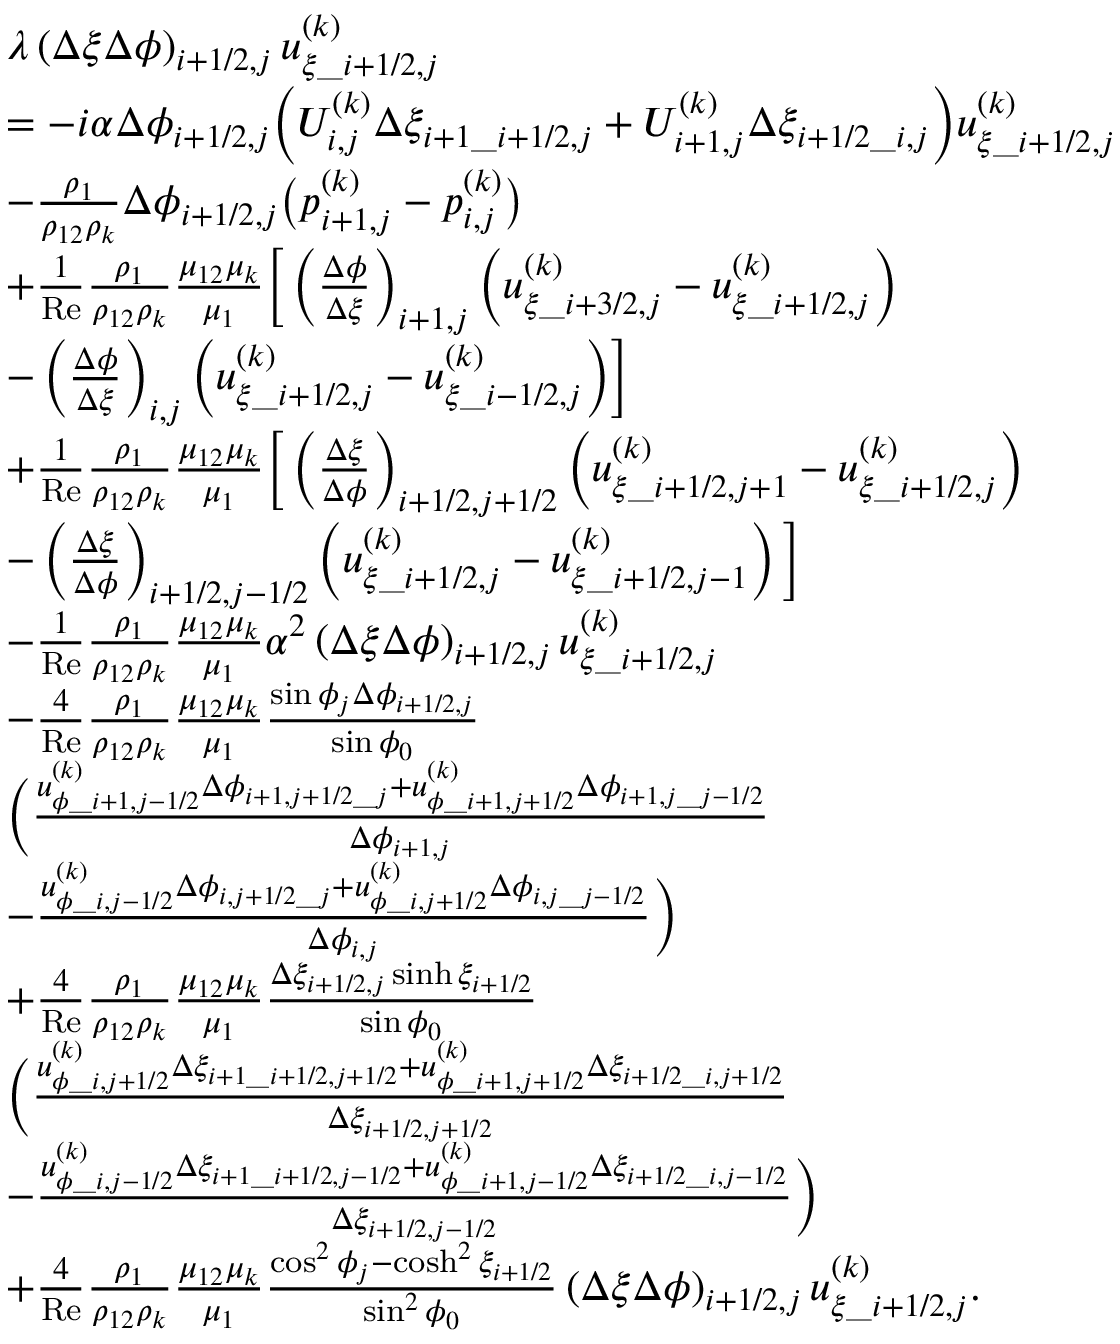
\begin{array} { r l } & { \begin{array} { r l } & { \lambda \left( \Delta \xi \Delta \phi \right) _ { i + 1 / 2 , j } u _ { \xi \_ { i + 1 / 2 , j } } ^ { ( k ) } } \\ & { = - i \alpha \Delta \phi _ { i + 1 / 2 , j } \bigg ( U _ { i , j } ^ { ( k ) } \Delta \xi _ { i + 1 \_ i + 1 / 2 , j } + U _ { i + 1 , j } ^ { ( k ) } \Delta \xi _ { i + 1 / 2 \_ i , j } \bigg ) u _ { \xi \_ i + 1 / 2 , j } ^ { ( k ) } } \\ & { - \frac { \rho _ { 1 } } { \rho _ { 1 2 } \rho _ { k } } \Delta \phi _ { i + 1 / 2 , j } \big ( p _ { i + 1 , j } ^ { ( k ) } - p _ { i , j } ^ { ( k ) } \big ) } \\ & { + \frac { 1 } { \mathrm { R e } } \frac { \rho _ { 1 } } { \rho _ { 1 2 } \rho _ { k } } \frac { \mu _ { 1 2 } \mu _ { k } } { \mu _ { 1 } } \bigg [ \left( \frac { \Delta \phi } { \Delta \xi } \right) _ { i + 1 , j } \bigg ( u _ { \xi \_ { i + 3 / 2 , j } } ^ { ( k ) } - u _ { \xi \_ { i + 1 / 2 , j } } ^ { ( k ) } \bigg ) } \\ & { - \left( \frac { \Delta \phi } { \Delta \xi } \right) _ { i , j } \bigg ( u _ { \xi \_ { i + 1 / 2 , j } } ^ { ( k ) } - u _ { \xi \_ { i - 1 / 2 , j } } ^ { ( k ) } \bigg ) \bigg ] } \\ & { + \frac { 1 } { \mathrm { R e } } \frac { \rho _ { 1 } } { \rho _ { 1 2 } \rho _ { k } } \frac { \mu _ { 1 2 } \mu _ { k } } { \mu _ { 1 } } \bigg [ \left( \frac { \Delta \xi } { \Delta \phi } \right) _ { i + 1 / 2 , j + 1 / 2 } \left( u _ { \xi \_ { i + 1 / 2 , j + 1 } } ^ { ( k ) } - u _ { \xi \_ { i + 1 / 2 , j } } ^ { ( k ) } \right) } \\ & { - \left( \frac { \Delta \xi } { \Delta \phi } \right) _ { i + 1 / 2 , j - 1 / 2 } \left( u _ { \xi \_ { i + 1 / 2 , j } } ^ { ( k ) } - u _ { \xi \_ { i + 1 / 2 , j - 1 } } ^ { ( k ) } \right) \bigg ] } \\ & { - \frac { 1 } { \mathrm { R e } } \frac { \rho _ { 1 } } { \rho _ { 1 2 } \rho _ { k } } \frac { \mu _ { 1 2 } \mu _ { k } } { \mu _ { 1 } } \alpha ^ { 2 } \left( \Delta \xi \Delta \phi \right) _ { i + 1 / 2 , j } u _ { \xi \_ { i + 1 / 2 , j } } ^ { ( k ) } } \\ & { - \frac { 4 } { \mathrm { R e } } \frac { \rho _ { 1 } } { \rho _ { 1 2 } \rho _ { k } } \frac { \mu _ { 1 2 } \mu _ { k } } { \mu _ { 1 } } \frac { \sin \phi _ { j } \Delta \phi _ { i + 1 / 2 , j } } { \sin \phi _ { 0 } } } \\ & { \bigg ( \frac { u _ { \phi \_ i + 1 , j - 1 / 2 } ^ { ( k ) } \Delta \phi _ { i + 1 , j + 1 / 2 \_ j } + u _ { \phi \_ i + 1 , j + 1 / 2 } ^ { ( k ) } \Delta \phi _ { i + 1 , j \_ j - 1 / 2 } } { \Delta \phi _ { i + 1 , j } } } \\ & { - \frac { u _ { \phi \_ i , j - 1 / 2 } ^ { ( k ) } \Delta \phi _ { i , j + 1 / 2 \_ j } + u _ { \phi \_ i , j + 1 / 2 } ^ { ( k ) } \Delta \phi _ { i , j \_ j - 1 / 2 } } { \Delta \phi _ { i , j } } \bigg ) } \\ & { + \frac { 4 } { \mathrm { R e } } \frac { \rho _ { 1 } } { \rho _ { 1 2 } \rho _ { k } } \frac { \mu _ { 1 2 } \mu _ { k } } { \mu _ { 1 } } \frac { \Delta \xi _ { i + 1 / 2 , j } \sinh \xi _ { i + 1 / 2 } } { \sin \phi _ { 0 } } } \\ & { \bigg ( \frac { u _ { \phi \_ i , j + 1 / 2 } ^ { ( k ) } \Delta \xi _ { i + 1 \_ i + 1 / 2 , j + 1 / 2 } + u _ { \phi \_ i + 1 , j + 1 / 2 } ^ { ( k ) } \Delta \xi _ { i + 1 / 2 \_ i , j + 1 / 2 } } { \Delta \xi _ { i + 1 / 2 , j + 1 / 2 } } } \\ & { - \frac { u _ { \phi \_ i , j - 1 / 2 } ^ { ( k ) } \Delta \xi _ { i + 1 \_ i + 1 / 2 , j - 1 / 2 } + u _ { \phi \_ i + 1 , j - 1 / 2 } ^ { ( k ) } \Delta \xi _ { i + 1 / 2 \_ i , j - 1 / 2 } } { \Delta \xi _ { i + 1 / 2 , j - 1 / 2 } } \bigg ) } \\ & { + \frac { 4 } { \mathrm { R e } } \frac { \rho _ { 1 } } { \rho _ { 1 2 } \rho _ { k } } \frac { \mu _ { 1 2 } \mu _ { k } } { \mu _ { 1 } } \frac { \cos ^ { 2 } \phi _ { j } - \cosh ^ { 2 } \xi _ { i + 1 / 2 } } { \sin ^ { 2 } \phi _ { 0 } } \left( \Delta \xi \Delta \phi \right) _ { i + 1 / 2 , j } u _ { \xi \_ i + 1 / 2 , j } ^ { ( k ) } . } \end{array} } \end{array}